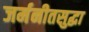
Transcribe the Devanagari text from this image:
जर्मनीतसुद्धा